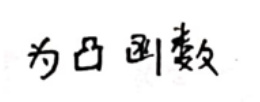
为凸函数